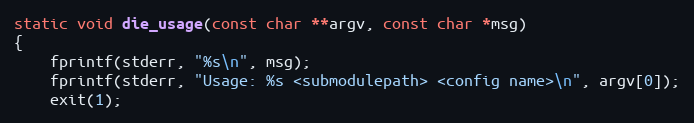
Language: C
static void die_usage(const char **argv, const char *msg)
{
	fprintf(stderr, "%s\n", msg);
	fprintf(stderr, "Usage: %s <submodulepath> <config name>\n", argv[0]);
	exit(1);